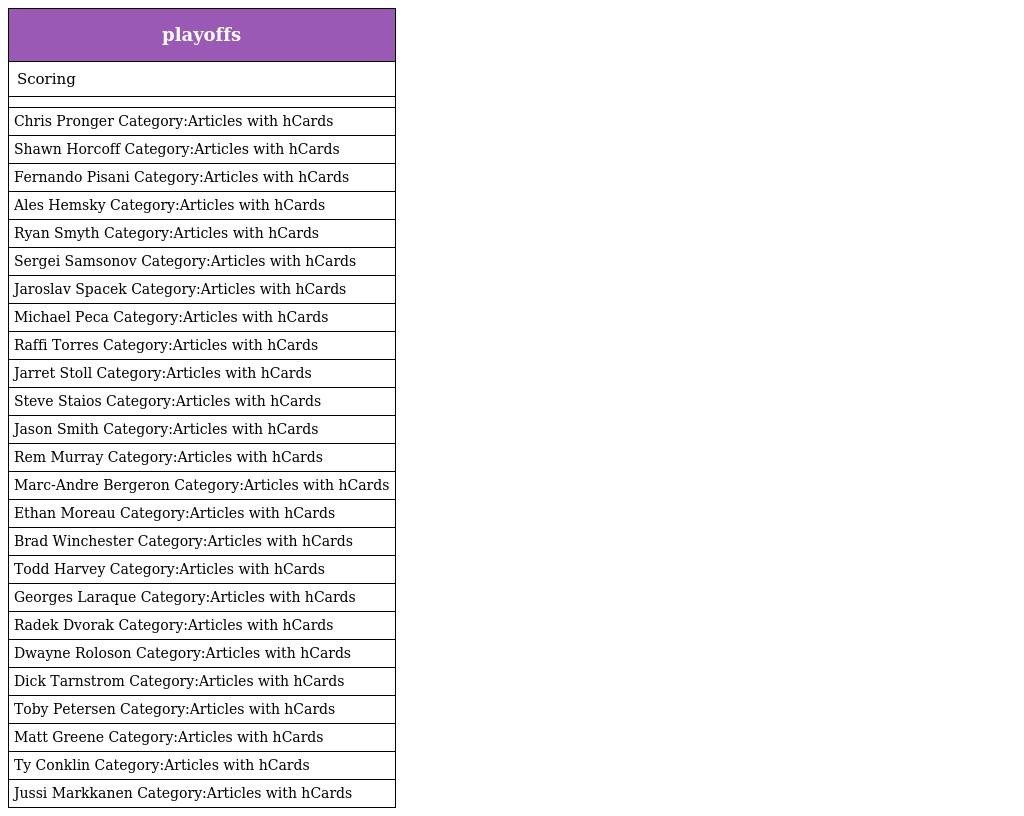
| playoffs |
 | --- |
 | Scoring |
 |  |
 | Chris Pronger Category:Articles with hCards |
 | Shawn Horcoff Category:Articles with hCards |
 | Fernando Pisani Category:Articles with hCards |
 | Ales Hemsky Category:Articles with hCards |
 | Ryan Smyth Category:Articles with hCards |
 | Sergei Samsonov Category:Articles with hCards |
 | Jaroslav Spacek Category:Articles with hCards |
 | Michael Peca Category:Articles with hCards |
 | Raffi Torres Category:Articles with hCards |
 | Jarret Stoll Category:Articles with hCards |
 | Steve Staios Category:Articles with hCards |
 | Jason Smith Category:Articles with hCards |
 | Rem Murray Category:Articles with hCards |
 | Marc-Andre Bergeron Category:Articles with hCards |
 | Ethan Moreau Category:Articles with hCards |
 | Brad Winchester Category:Articles with hCards |
 | Todd Harvey Category:Articles with hCards |
 | Georges Laraque Category:Articles with hCards |
 | Radek Dvorak Category:Articles with hCards |
 | Dwayne Roloson Category:Articles with hCards |
 | Dick Tarnstrom Category:Articles with hCards |
 | Toby Petersen Category:Articles with hCards |
 | Matt Greene Category:Articles with hCards |
 | Ty Conklin Category:Articles with hCards |
 | Jussi Markkanen Category:Articles with hCards |